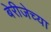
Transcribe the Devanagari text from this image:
बेरीजेच्या